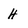
Character: H